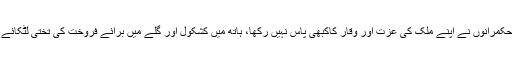
ہمارے حکمرانوں نے اپنے ملک کی عزت اور وقار کاکبھی پاس نہیں رکھا، ہاتھ میں کشکول اور گلے میں برائے فروخت کی تختی لٹکائے رکھی ۔